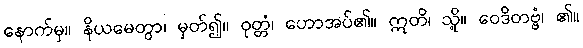
နောက်မှ။ နိယမေတွာ၊ မှတ်၍။ ဝုတ္တံ၊ ဟောအပ်၏။ ဣတိ၊ သို့။ ဝေဒိတဗ္ဗံ၊ ၏။